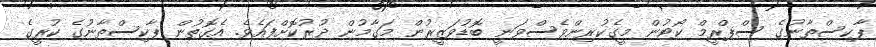
ޕާކިސްތާނުގެ ސްޕްރީމް ކޯޓުން މީގެކުރިންވެސްވަނީ ބޮޑުވަޒީރުން މަގާމުން ދުރުކޮށްފައެވެ. އެގޮތުން ޕާކިސްތާނުގެ ކުރީގެ